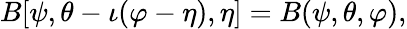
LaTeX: B[\psi,\theta-\iota(\varphi-\eta),\eta]=B(\psi,\theta,\varphi),